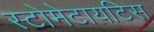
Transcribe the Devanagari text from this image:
स्टोमेटायटिस